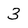
Character: 3